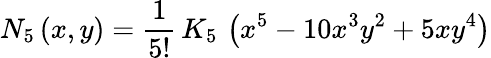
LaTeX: N_{5}\left(x,y\right)=\frac{1}{5!}\, K_{5}\, \left(x^{5}-10x^{3}y^{2}+5xy^{4}\right)